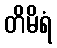
တိမိရံ